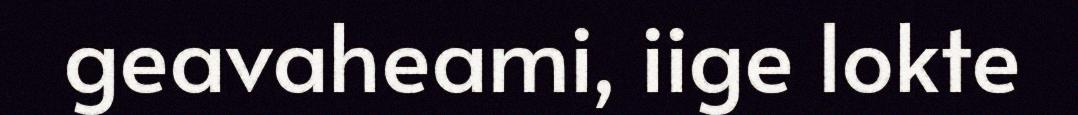
geavaheami, iige lokte